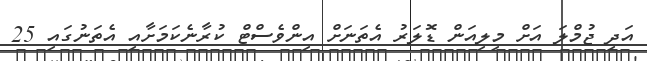
އަދި ޖުމްލަ އަށް މިލިއަން ޑޮލަރު އެތަނަށް އިންވެސްޓް ކުރާނެކަމަށާއި އެތަނުގައި 25